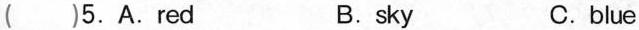
( )5.A.red B.sky C.blue